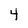
Character: 4